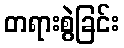
တရားစွဲခြင်း